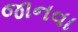
જાનવા